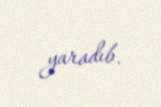
yaradıb.